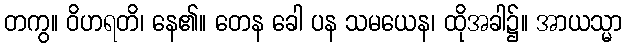
တကွ။ ဝိဟရတိ၊ နေ၏။ တေန ခေါ ပန သမယေန၊ ထိုအခါ၌။ အာယသ္မာ